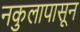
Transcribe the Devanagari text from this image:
नकुलापासून